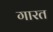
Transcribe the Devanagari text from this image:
गारत